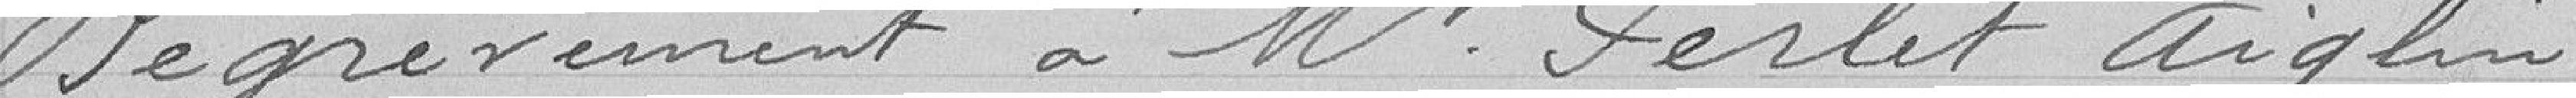
Dégrèvement à monsieur Perlet Aighin